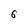
Character: 6